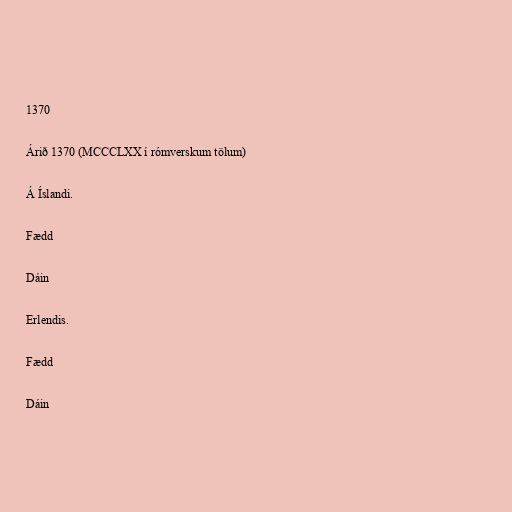
1370

Árið 1370 (MCCCLXX í rómverskum tölum)

Á Íslandi.

Fædd

Dáin

Erlendis.

Fædd

Dáin